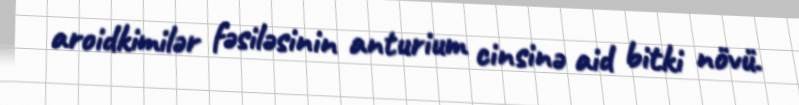
aroidkimilər fəsiləsinin anturium cinsinə aid bitki növü.